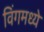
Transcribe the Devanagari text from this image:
विंगमध्ये